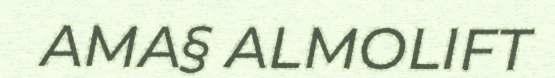
AMA§ ALMOLIFT